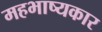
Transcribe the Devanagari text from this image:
महभाष्यकार